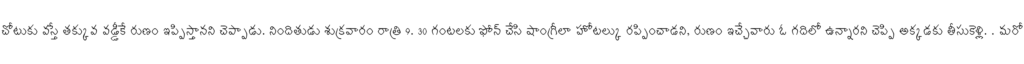
చోటుకు వస్తే తక్కువ వడ్డీకే రుణం ఇప్పిస్తానని చెప్పాడు. నిందితుడు శుక్రవారం రాత్రి 9. 30 గంటలకు ఫోన్ చేసి షాంగ్రీలా హోటల్కు రప్పించాడని, రుణం ఇచ్చేవారు ఓ గదిలో ఉన్నారని చెప్పి అక్కడకు తీసుకెళ్లి. . మరో